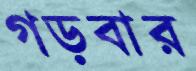
গড়বার